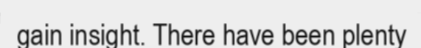
gain insight. There have been plenty